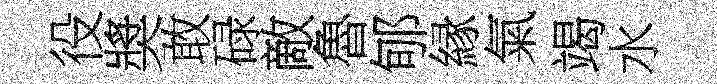
役奬敢碌敵魯郇縁氣竭水